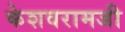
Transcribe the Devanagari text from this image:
केशवरामजी